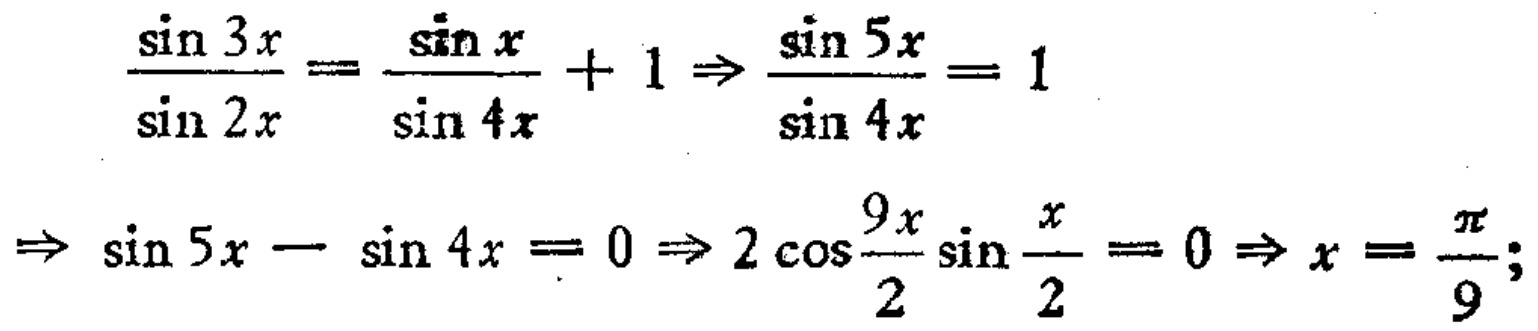
\[
\begin{align*}
\frac{\sin 3x}{\sin 2x}&=\frac{\sin x}{\sin 4x}+1\Rightarrow\frac{\sin 5x}{\sin 4x}=1\\
\Rightarrow\sin 5x - \sin 4x&= 0\Rightarrow 2\cos\frac{9x}{2}\sin\frac{x}{2}= 0\Rightarrow x=\frac{\pi}{9};
\end{align*}
\]